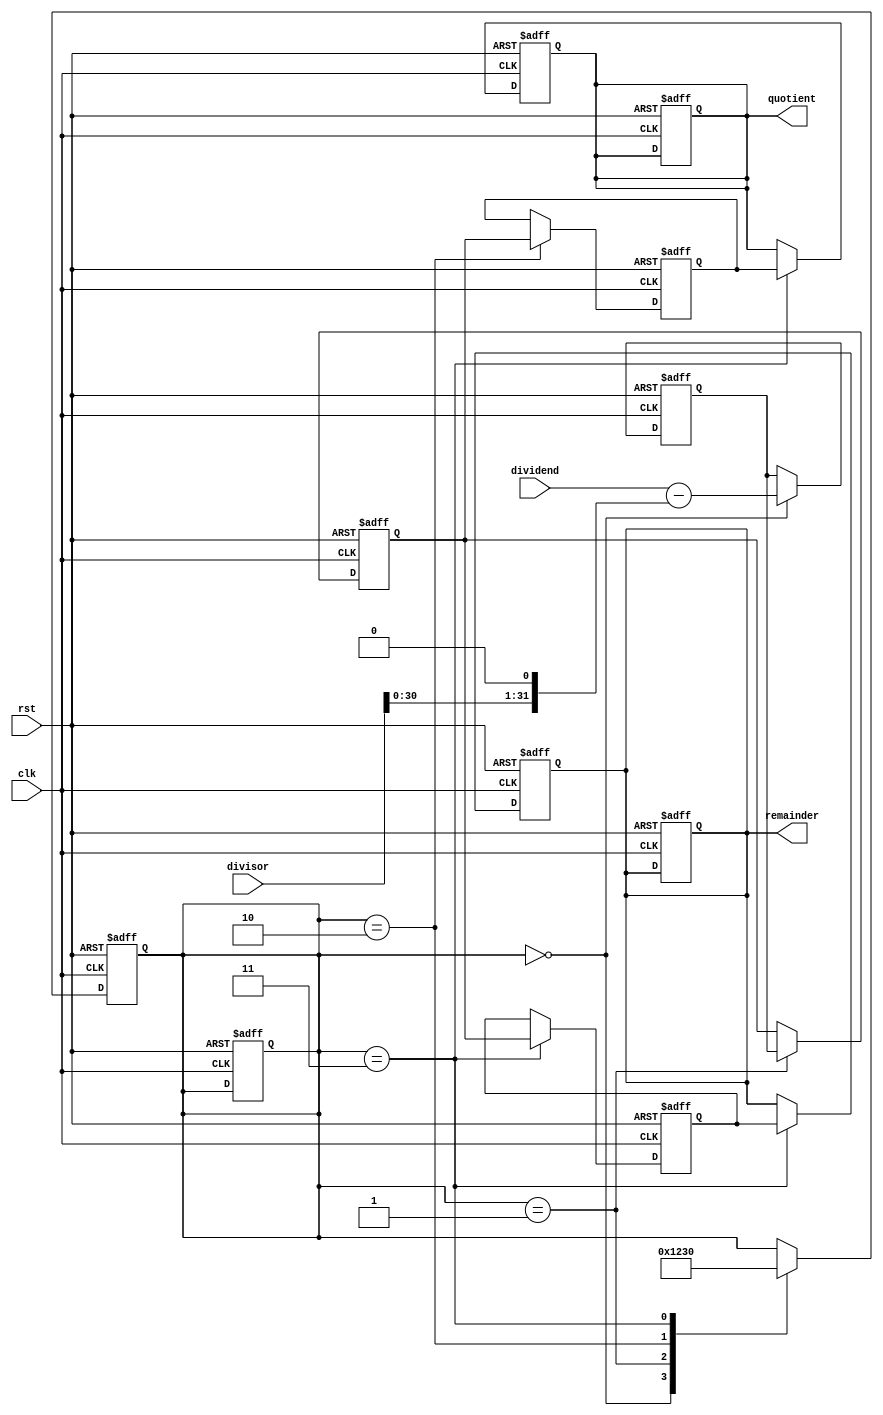
module Pipelined_Divider(
    input wire clk,
    input wire rst,
    input wire [31:0] dividend,
    input wire [31:0] divisor,
    output reg [31:0] quotient,
    output reg [31:0] remainder
);

reg [31:0] sub_result;
reg [31:0] norm_result;
reg [31:0] quot_result;
reg [31:0] rem_result;

reg [3:0] stage;

always @(posedge clk or posedge rst) begin
    if (rst) begin
        sub_result <= 0;
        norm_result <= 0;
        quot_result <= 0;
        rem_result <= 0;
        stage <= 0;
        quotient <= 0;
        remainder <= 0;
    end else begin
        case(stage)
            0: begin
                sub_result <= dividend - (divisor << 1);
                stage <= 1;
            end
            1: begin
                norm_result <= sub_result;
                stage <= 2;
            end
            2: begin
                quot_result <= norm_result;
                stage <= 3;
            end
            3: begin
                rem_result <= norm_result;
                stage <= 0;
            end
        endcase
    end
end

always @(posedge clk or posedge rst) begin
    if (rst) begin
        stage <= 0;
        quotient <= 0;
        remainder <= 0;
    end else begin
        case(stage)
            3: begin
                quotient <= quot_result;
                remainder <= rem_result;
            end
        endcase
    end
end

endmodule